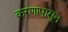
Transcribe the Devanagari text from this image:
करणापासून